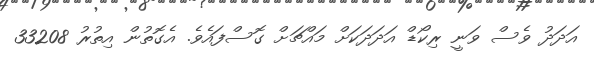
އަދަދު ވެސް ވަނީ ރިކޯޑް އަދަދަކަށް މައްޗަށް ގޮސްފައެވެ. އެގޮތުން އިތުރު 33208